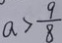
a > \frac { 9 } { 8 }